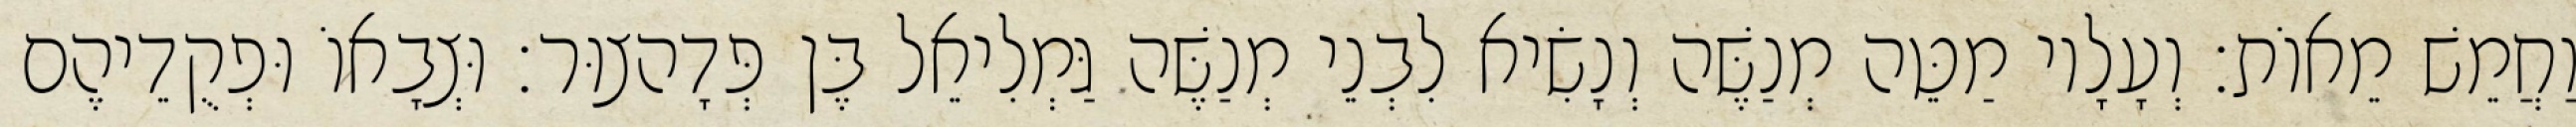
וַחֲמֵשׁ מֵאוֹת׃ וְעָלָיו מַטֵּה מְנַשֶּׁה וְנָשִׂיא לִבְנֵי מְנַשֶּׁה גַּמְלִיאֵל בֶּן פְּדָהצוּר׃ וּצְבָאוֹ וּפְקֻדֵיהֶם